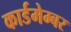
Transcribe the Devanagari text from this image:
कार्डमेम्बर